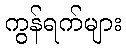
ကွန်ရက်များ